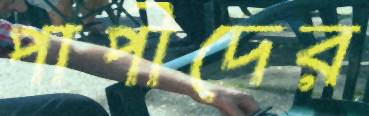
পাপীদের